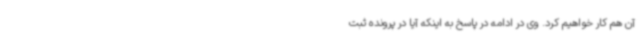
آن هم کار خواهیم کرد. وی در ادامه در پاسخ به اینکه آیا در پرونده ثبت